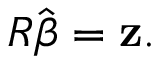
R { \hat { \boldsymbol { \beta } } } = \mathbf { z } .